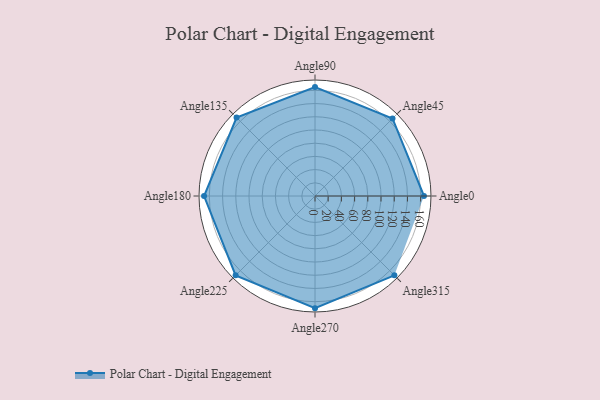
{"axis": {"x": "Angle", "y": "Radius"}, "legend": [""], "data": [{"x": "Angle0", "y": 165.0, "type": ""}, {"x": "Angle45", "y": 166.0, "type": ""}, {"x": "Angle90", "y": 165.0, "type": ""}, {"x": "Angle135", "y": 168.0, "type": ""}, {"x": "Angle180", "y": 168.0, "type": ""}, {"x": "Angle225", "y": 170, "type": ""}, {"x": "Angle270", "y": 170.0, "type": ""}, {"x": "Angle315", "y": 170, "type": ""}]}